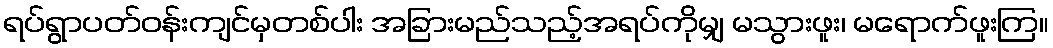
ရပ်ရွာပတ်ဝန်းကျင်မှတစ်ပါး အခြားမည်သည့်အရပ်ကိုမျှ မသွားဖူး၊ မရောက်ဖူးကြ။